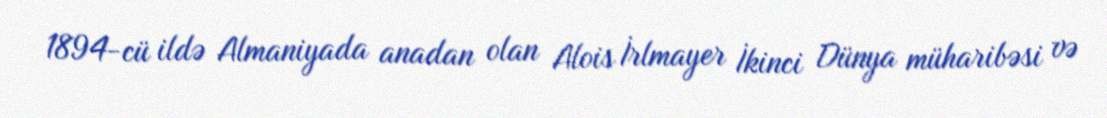
1894-cü ildə Almaniyada anadan olan Alois İrlmayer İkinci Dünya müharibəsi və